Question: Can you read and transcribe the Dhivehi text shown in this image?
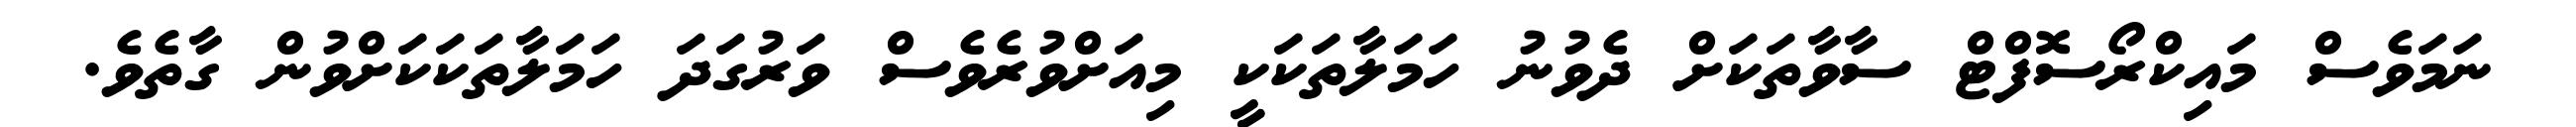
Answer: ނަމަވެސް މައިކްރޯސޮފްޓް ސާވާތަކަށް ދެވުނު ހަމަލާތަކަކީ މިއަށްވުރެވެސް ވަރުގަދަ ހަމަލާތަކަކަށްވުން ގާތެވެ.